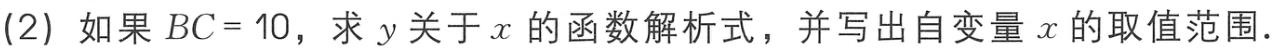
(2) 如果 \(BC = 10\)，求 \(y\) 关于 \(x\) 的函数解析式，并写出自变量 \(x\) 的取值范围.